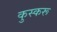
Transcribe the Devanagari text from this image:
कुस्करू